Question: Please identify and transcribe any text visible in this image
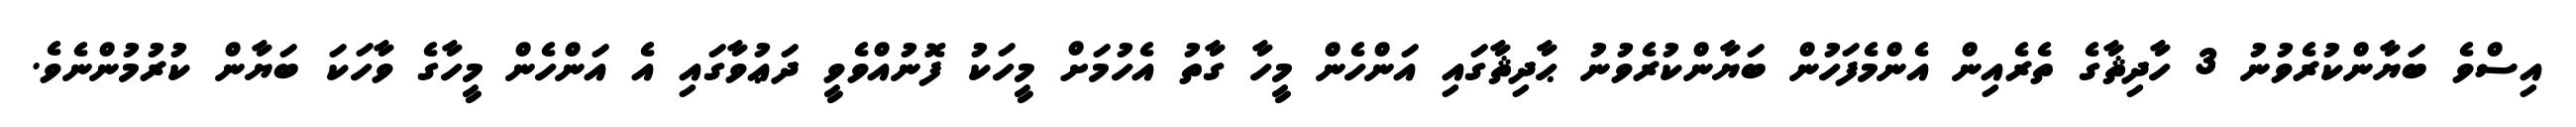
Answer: އިސްވެ ބަޔާންކުރެވުނު 3 ހާދިޘާގެ ތެރެއިން އެންމެފަހުން ބަޔާންކުރެވުނު ޙާދިޘާގައި އަންހެން މީހާ ގާތު އެހުމަށް މީހަކު ފޮނުއްވެވީ ދަޢުވާގައި އެ އަންހެން މީހާގެ ވާހަކަ ބަޔާން ކުރުމުންނެވެ.